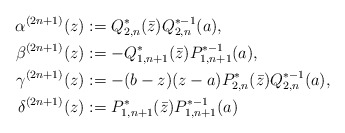
\begin{align*} \alpha^{(2n+1)}(z) &:= Q_{2,n}^*(\bar z)Q_{2,n}^{*-1}(a), \\ \beta^{(2n+1)}(z) &:= -Q_{1,n+1}^*(\bar z)P_{1,n+1}^{*-1}(a), \\ \gamma^{(2n+1)}(z) &:= -(b-z)(z-a)P_{2,n}^*(\bar z)Q_{2,n}^{*-1}(a), \\ \delta^{(2n+1)}(z) &:= P_{1,n+1}^*(\bar z)P_{1,n+1}^{*-1}(a) \end{align*}